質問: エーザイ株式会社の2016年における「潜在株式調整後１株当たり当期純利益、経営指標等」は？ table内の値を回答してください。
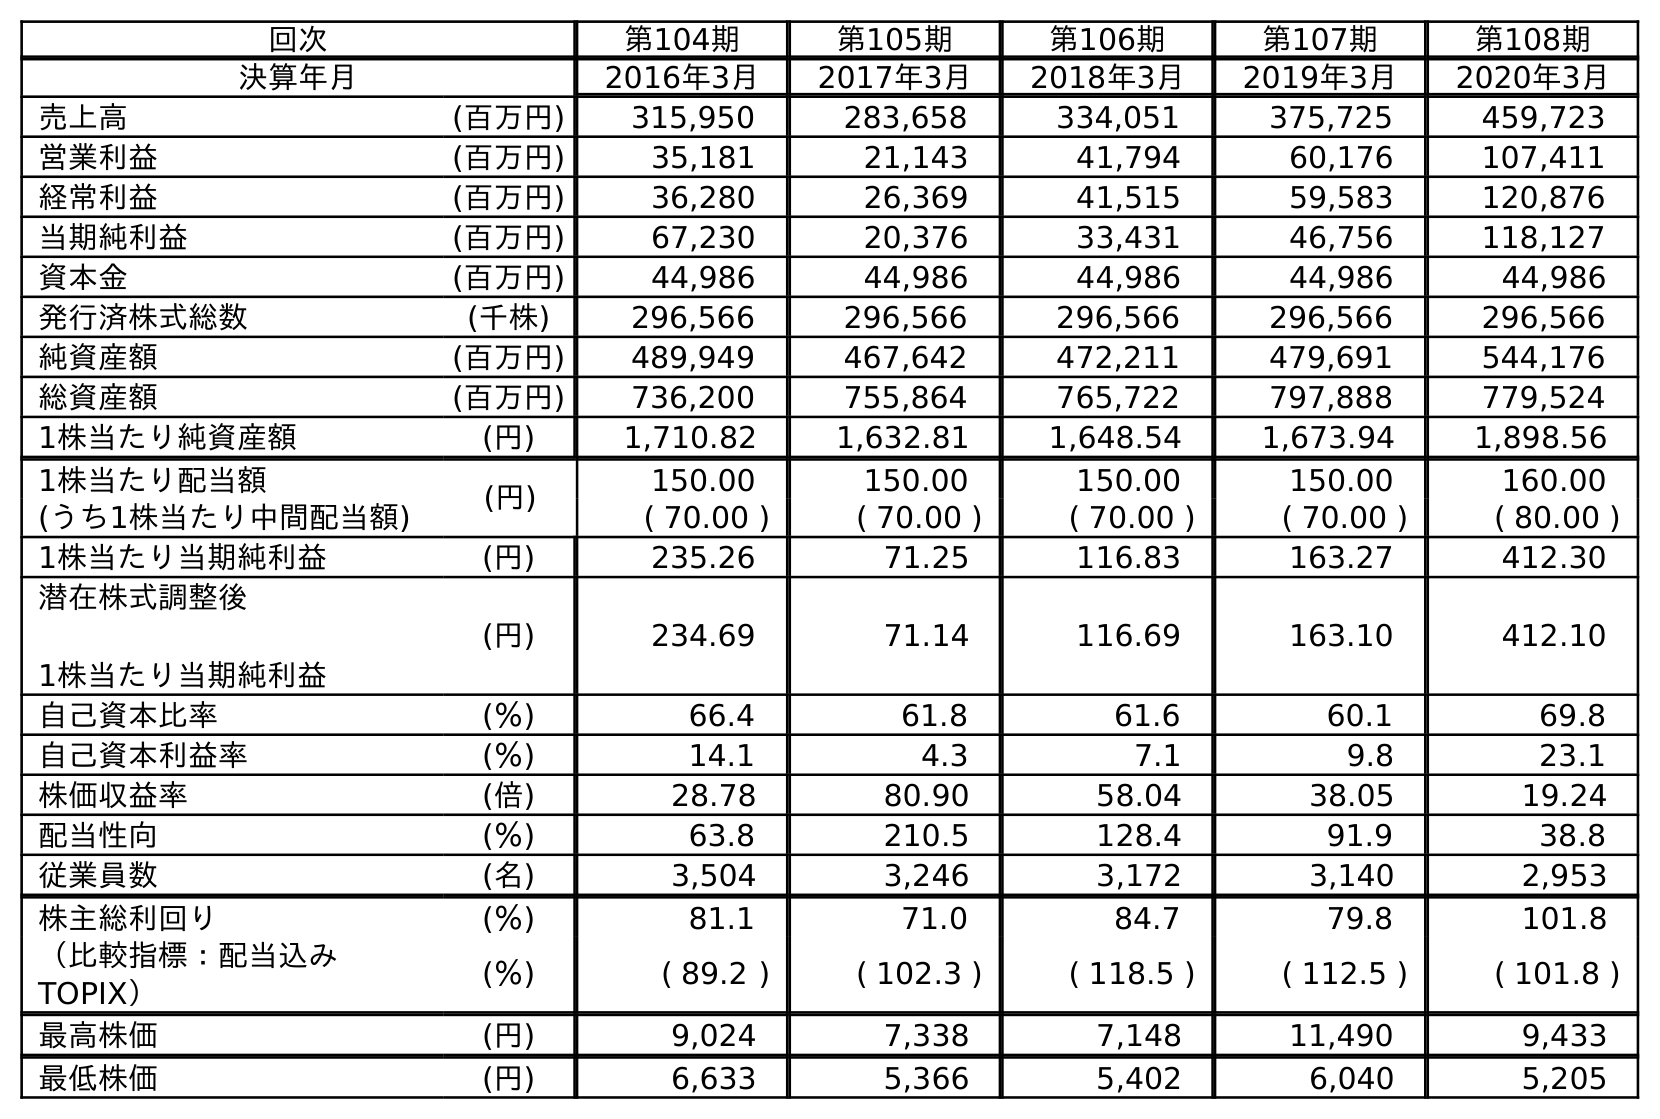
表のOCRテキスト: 回次 第104期 第105期 第106期 第107期 第108期 決算年月 2016年3月 2017年3月 2018年3月 2019年3月 2020年3月 売上高 (百万円) 315,950 283,658 334,051 375,725 459,723 営業利益 (百万円) 35,181 21,143 41,794 60,176 107,411 経常利益 (百万円) 36,280 26,369 41,515 59,583 120,876 当期純利益 (百万円) 67,230 20,376 33,431 46,756 118,127 資本金 (百万円) 44,986 44,986 44,986 44,986 44,986 発行済株式総数 (千株) 296,566 296,566 296,566 296,566 296,566 純資産額 (百万円) 489,949 467,642 472,211 479,691 544,176 総資産額 (百万円) 736,200 755,864 765,722 797,888 779,524 1株当たり純資産額 (円) 1,710.82 1,632.81 1,648.54 1,673.94 1,898.56 1株当たり配当額 (円) 150.00 150.00 150.00 150.00 160.00 (うち1株当たり中間配当額) ( 70.00 ) ( 70.00 ) ( 70.00 ) ( 70.00 ) ( 80.00 ) 1株当たり当期純利益 (円) 235.26 71.25 116.83 163.27 412.30 潜在株式調整後 1株当たり当期純利益 (円) 234.69 71.14 116.69 163.10 412.10 自己資本比率 (％) 66.4 61.8 61.6 60.1 69.8 自己資本利益率 (％) 14.1 4.3 7.1 9.8 23.1 株価収益率 (倍) 28.78 80.90 58.04 38.05 19.24 配当性向 (％) 63.8 210.5 128.4 91.9 38.8 従業員数 (名) 3,504 3,246 3,172 3,140 2,953 株主総利回り (％) 81.1 71.0 84.7 79.8 101.8 （比較指標：配当込み TOPIX） (％) ( 89.2 ) ( 102.3 ) ( 118.5 ) ( 112.5 ) ( 101.8 ) 最高株価 (円) 9,024 7,338 7,148 11,490 9,433 最低株価 (円) 6,633 5,366 5,402 6,040 5,205
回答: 234.69